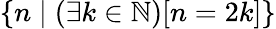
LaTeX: \{ n\mid(\exists k\in\mathbb{N})[n=2k]\}